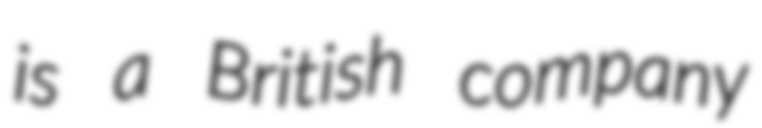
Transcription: is a British company